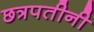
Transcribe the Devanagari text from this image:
छत्रपतीनी